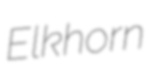
Elkhorn